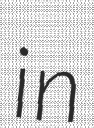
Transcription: in